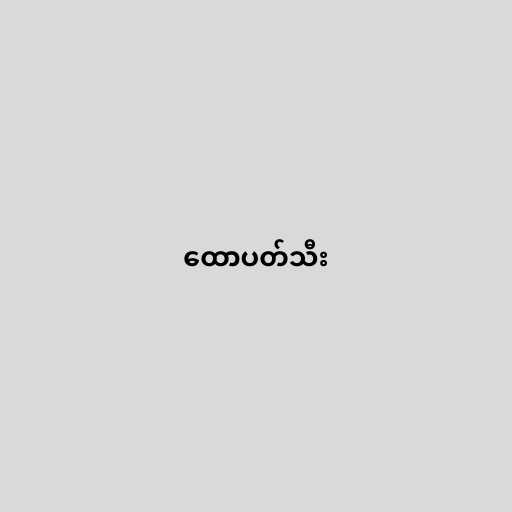
ထောပတ်သီး